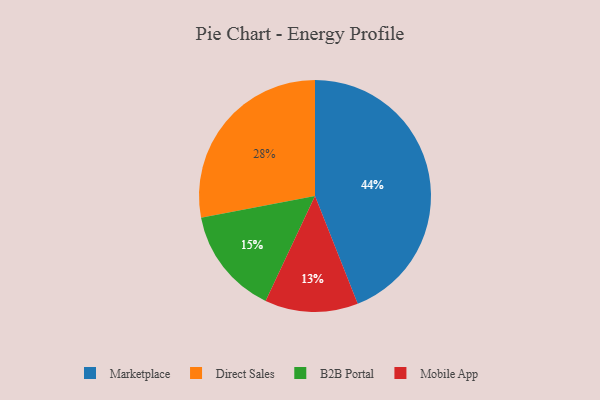
{"axis": {"x": "Category", "y": "Percentage"}, "legend": ["B2B Portal", "Direct Sales", "Marketplace", "Mobile App"], "data": [{"x": "Mobile App", "y": 13, "type": "Mobile App"}, {"x": "B2B Portal", "y": 15, "type": "B2B Portal"}, {"x": "Direct Sales", "y": 28, "type": "Direct Sales"}, {"x": "Marketplace", "y": 44, "type": "Marketplace"}]}